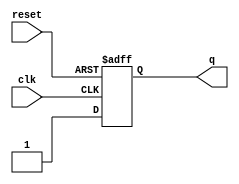
module dff_const2(input clk, input reset, output reg q);
always @(posedge clk, posedge reset)
begin
	if(reset)
		q <= 1'b1;
	else
		q <= 1'b1;
end

endmodule